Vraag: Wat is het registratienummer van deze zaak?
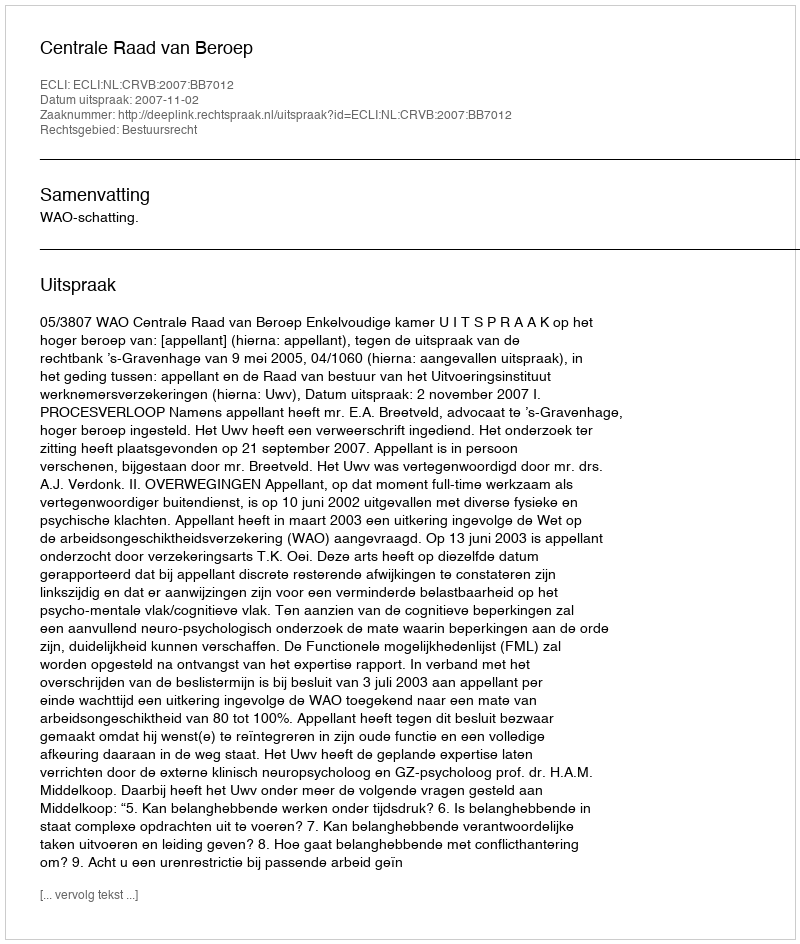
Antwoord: http://deeplink.rechtspraak.nl/uitspraak?id=ECLI:NL:CRVB:2007:BB7012